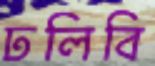
ঢলিবি